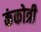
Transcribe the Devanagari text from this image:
कंकोत्री